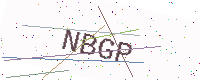
Text: NBGP